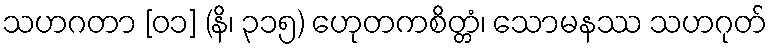
သဟဂတာ [၀၁] (နိ၊ ၃၁၅) ဟေုတကစိတ္တံ၊ သောမနဿ သဟဂုတ်